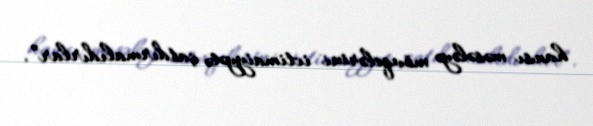
hansı məsələyə mövqelərini ictimaiyyətə çatdırmalıdırlar”.